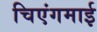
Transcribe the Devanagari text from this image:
चिएंगमाई